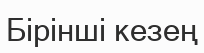
Бірінші кезең